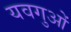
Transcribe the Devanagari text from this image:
यवगुओं